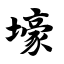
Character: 壕